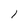
Character: l